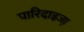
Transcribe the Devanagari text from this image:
पारिदाइजा़